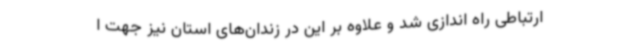
ارتباطی راه اندازی شد و علاوه بر این در زندان‌های استان نیز جهت ا